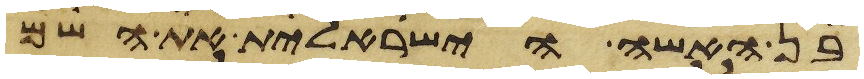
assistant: בן האשה הישראלית את השם